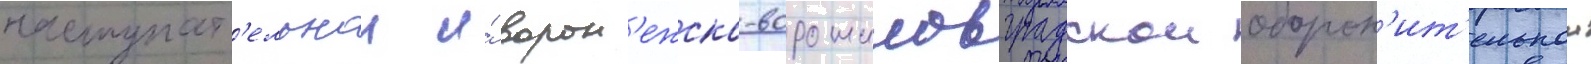
наступат'ельнои и́ ворон'ежско-ворошиловградскои оборон'ит'ельнои